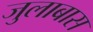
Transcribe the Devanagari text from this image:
जुलाबास